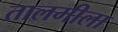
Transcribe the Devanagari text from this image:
तालमीला